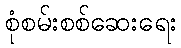
စုံစမ်းစစ်ဆေးရေး